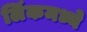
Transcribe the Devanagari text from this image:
लिंकमध्ये